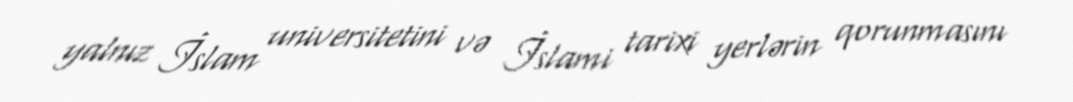
yalnız İslam universitetini və İslami tarixi yerlərin qorunmasını